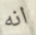
انه